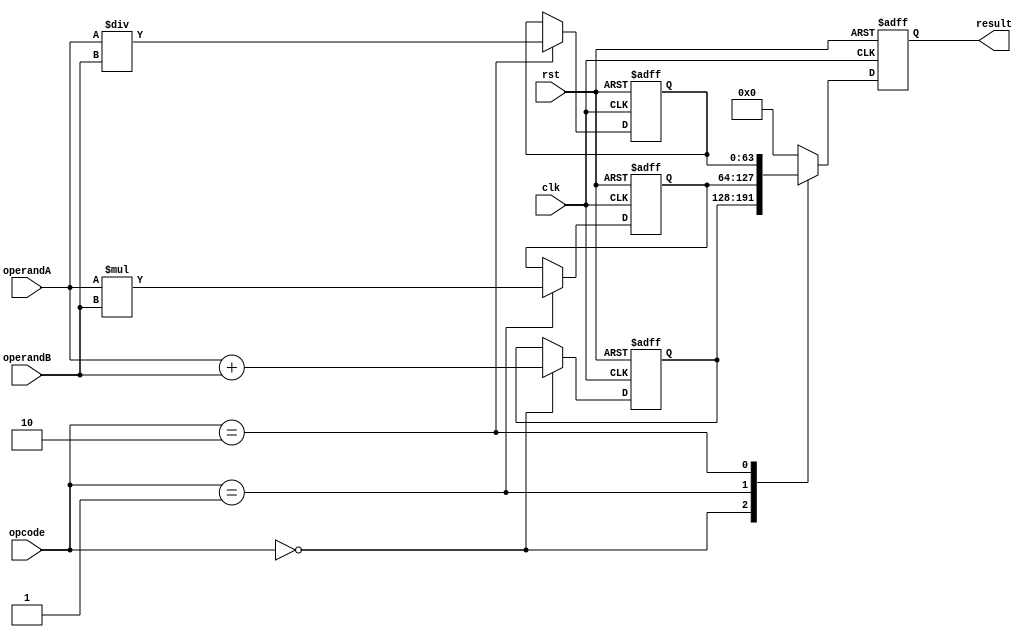
module DoublePrecisionFloatingPointUnit (
    input wire clk,
    input wire rst,
    input wire [63:0] operandA,
    input wire [63:0] operandB,
    input wire [1:0] opcode,
    output reg [63:0] result
);

reg [63:0] fpAdderOutput;
reg [63:0] fpMultiplierOutput;
reg [63:0] fpDividerOutput;

always @(posedge clk or posedge rst) begin
    if (rst) begin
        fpAdderOutput <= 64'b0;
        fpMultiplierOutput <= 64'b0;
        fpDividerOutput <= 64'b0;
        result <= 64'b0;
    end else begin
        case(opcode)
            2'b00: begin // Floating Point Adder
                fpAdderOutput <= operandA + operandB;
                result <= fpAdderOutput;
            end
            2'b01: begin // Floating Point Multiplier
                fpMultiplierOutput <= operandA * operandB;
                result <= fpMultiplierOutput;
            end
            2'b10: begin // Floating Point Divider
                fpDividerOutput <= operandA / operandB;
                result <= fpDividerOutput;
            end
            default: result <= 64'b0;
        endcase
    end
end

endmodule